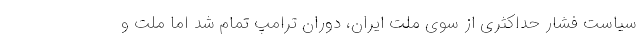
سیاست فشار حداکثری از سوی ملت ایران، دوران ترامپ تمام شد اما ملت و